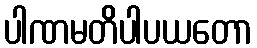
ပါဏမတိပါပယတော